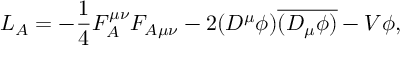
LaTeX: L _ { A } = - \frac 1 4 F _ { A } ^ { \mu \nu } F _ { A \mu \nu } - 2 ( D ^ { \mu } \phi ) \overline { { { ( D _ { \mu } \phi ) } } } - V { \phi } ,